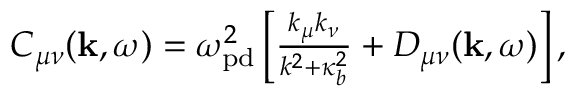
\begin{array} { r } { C _ { \mu \nu } ( { \bf k } , \omega ) = \omega _ { \mathrm { p d } } ^ { 2 } \left[ \frac { k _ { \mu } k _ { \nu } } { k ^ { 2 } + \kappa _ { b } ^ { 2 } } + \cal { D } _ { \mu \nu } ( { \bf k } , \omega ) \right] , } \end{array}